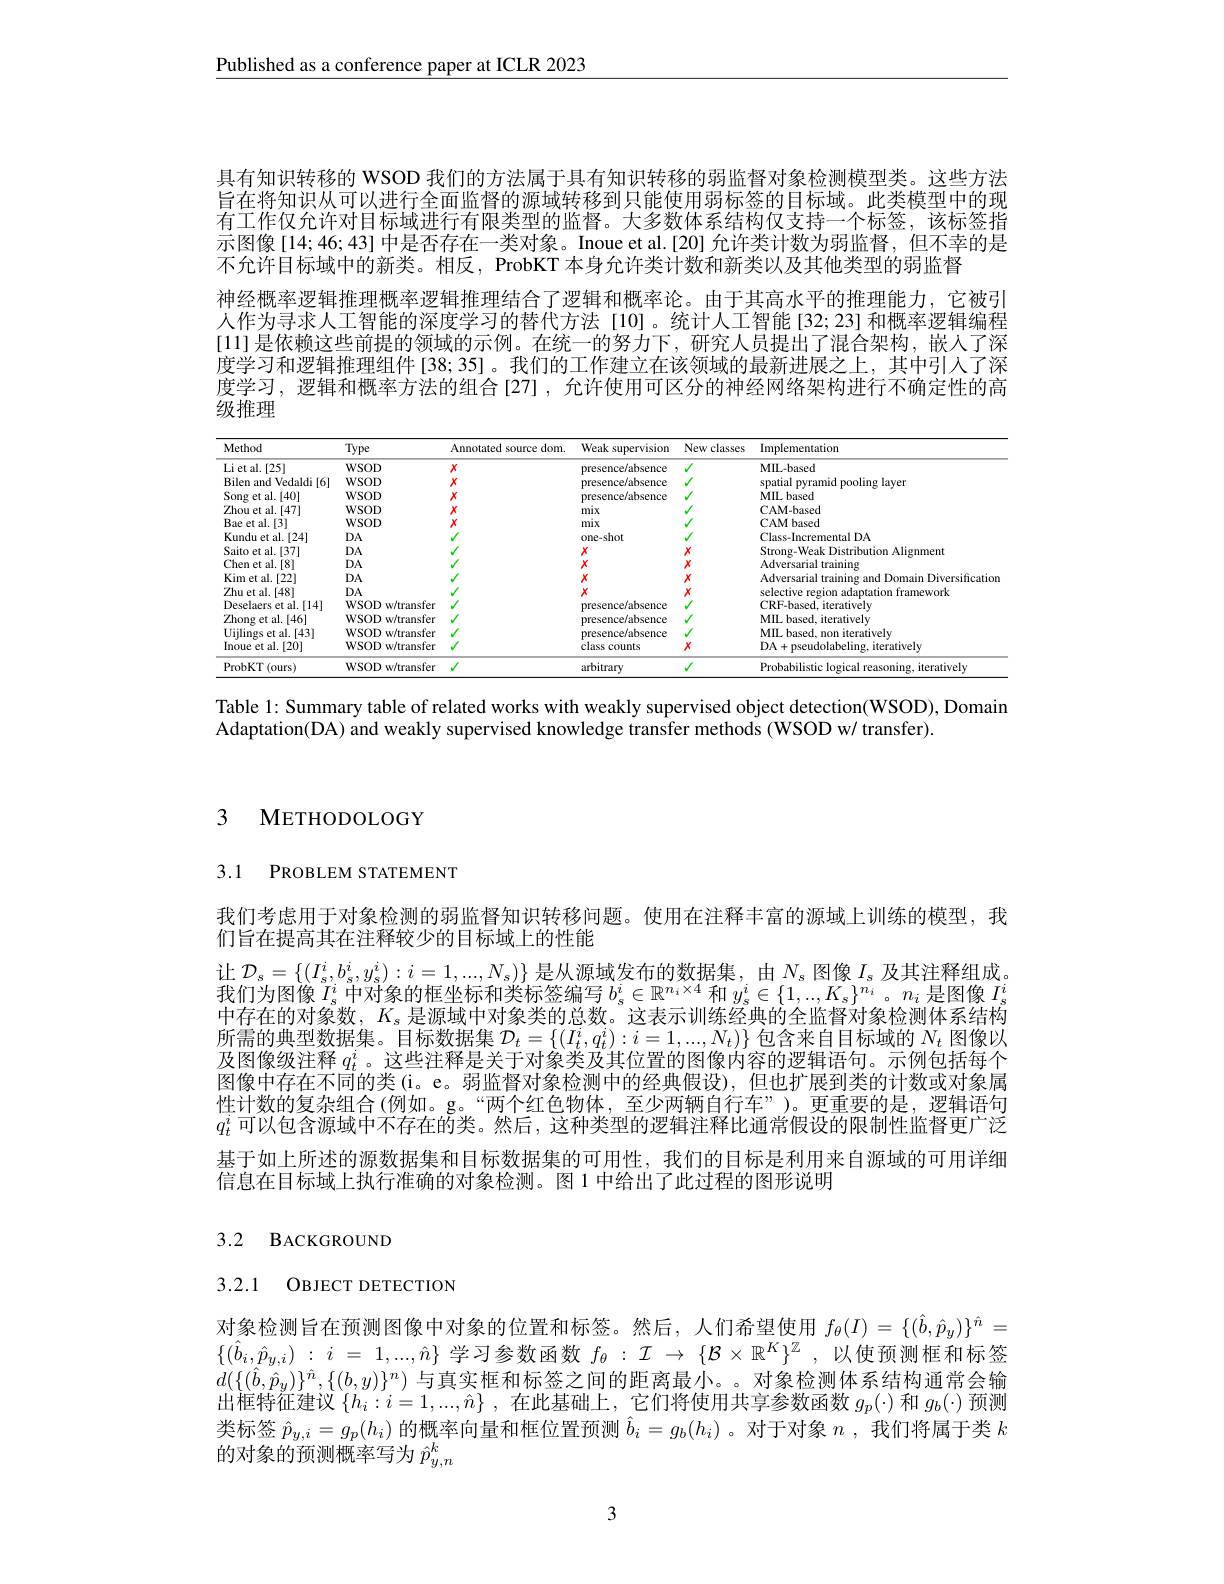
$\underline{\text{Published as a conference paper at ICLR 2023}}$

具有知识转移的 WSOD 我们的方法属于具有知识转移的弱监督对象检测模型类。这些方法旨在将知识从可以进行全面监督的源域转移到只能使用弱标签的目标域。此类模型中的现有工作仅允许对目标域进行有限类型的监督。大多数体系结构仅支持一个标签，该标签指示图像[14;46;43]中是否存在一类对象。Inoue et al.[20]允许类计数为弱监督，但不幸的是不允许目标域中的新类。相反，ProbKT 本身允许类计数和新类以及其他类型的弱监督
神经概率逻辑推理概率逻辑推理结合了逻辑和概率论。由于其高水平的推理能力，它被引人作为寻求人工智能的深度学习的替代方法[10]。统计人工智能[32;23]和概率逻辑编程[11]是依赖这些前提的领域的示例。在统一的努力下，研究人员提出了混合架构，嵌人了深度学习和逻辑推理组件[38;35]。我们的工作建立在该领域的最新进展之上，其中引人了深度学习，逻辑和概率方法的组合[27],允许使用可区分的神经网络架构进行不确定性的高级推理

<table>
	<tbody>
		<tr>
			<th>Method</th>
			<th>Type</th>
			<th>Annotated source dom</th>
			<th>Weak supervision</th>
			<th>New classes</th>
			<th>Implementation</th>
		</tr>
		<tr>
			<td>Li et al. [ 25] </td>
			<td>WSOD</td>
			<td>$X$</td>
			<td>presence/absence</td>
			<td> </td>
			<td>MIL- based</td>
		</tr>
		<tr>
			<td>Bilen and Vedaldi[6]</td>
			<td>$WSOD$</td>
			<td>$X$</td>
			<td>presence/absence</td>
			<td> </td>
			<td>pooling snatial amid laver</td>
		</tr>
		<tr>
			<td>Song et al.[40]</td>
			<td>WSOD</td>
			<td>$X$</td>
			<td>presence/absence</td>
			<td> </td>
			<td>MIL based</td>
		</tr>
		<tr>
			<td>Zhou et al.[47]</td>
			<td>WSOD</td>
			<td>$X$</td>
			<td>mix $-\frac{1}{2}$</td>
			<td> </td>
			<td>CAM- based</td>
		</tr>
		<tr>
			<td>Bae et al. [3]</td>
			<td>WSOD</td>
			<td>$X$</td>
			<td>mix</td>
			<td> </td>
			<td>CAM based</td>
		</tr>
		<tr>
			<td>Kundu et al.[24]</td>
			<td>$DA$</td>
			<td> </td>
			<td>one-shot</td>
			<td> </td>
			<td>Class nental DA</td>
		</tr>
		<tr>
			<td>Saito et al.[37]</td>
			<td>$DA$</td>
			<td> </td>
			<td>Y T</td>
			<td>X</td>
			<td>tion mt</td>
		</tr>
		<tr>
			<td>Chen et al.[8]</td>
			<td>$DA$</td>
			<td> </td>
			<td>$X$</td>
			<td>$X$</td>
			<td>Adversaria aining</td>
		</tr>
		<tr>
			<td>Kim et al.[22]</td>
			<td>$DA$</td>
			<td> </td>
			<td>$X$</td>
			<td>$X$</td>
			<td> </td>
		</tr>
		<tr>
			<td>Zhu et al.[48]</td>
			<td>$DA$</td>
			<td> </td>
			<td>$X$ T</td>
			<td>X</td>
			<td>OrL</td>
		</tr>
		<tr>
			<td>Deselaers et al. [14]</td>
			<td>WSOD w/transfer</td>
			<td> </td>
			<td>presence/absence</td>
			<td> </td>
			<td>ativelv CRF</td>
		</tr>
		<tr>
			<td>Zhong et al. [ 46] </td>
			<td>WSOD w/transfer</td>
			<td> </td>
			<td>presence/absence</td>
			<td> </td>
			<td>ativelv MIT</td>
		</tr>
		<tr>
			<td>Uijlings et al.[43]</td>
			<td>WSOD w/transfer</td>
			<td> </td>
			<td>presence/absence</td>
			<td> </td>
			<td>MIL iterativelw hacpr non</td>
		</tr>
		<tr>
			<td>$\bar{\text{Inoue et al.[20]}}$</td>
			<td>WSOD w/transfer</td>
			<td> </td>
			<td>class counts</td>
			<td>$X$</td>
			<td>DA+ pseudolabeling, iteratively</td>
		</tr>
		<tr>
			<td>ProbKT(ours)</td>
			<td>WSOD w/transfer</td>
			<td> </td>
			<td>arbitrary</td>
			<td> </td>
			<td>Probabilistic logical reasoning, iteratively</td>
		</tr>
	</tbody>
</table>

Table 1: Summary table of related works with weakly supervised object detection(WSOD), Domain
Adaptation(DA) and weakly supervised knowledge transfer methods (WSOD w/ transfer).

## 3 METHODOLOGY

3.1 PROBLEM STATEMENT

我们考虑用于对象检测的弱监督知识转移问题。使用在注释丰富的源域上训练的模型，我
们旨在提高其在注释较少的目标域上的性能
让$\mathcal{D}_s=\{(I_s^i,b_s^i,y_s^i):i=1,...,N_s)\}$是从源域发布的数据集，由$N_s$图像$I_s$及其注释组成。我们为图像$I_s^i$中对象的框坐标和类标签编写$b_s^i\in\mathbb{R}^{n_i\times4}$和$y_s^i\in\{1,...,K_s\}^{n_i}$ 。$n_i$是图像$I_s^i$ 中存在的对象数，$K_\mathrm{s}$是源域中对象类的总数。这表示训练经典的全监督对象检测体系结构所需的典型数据集。目标数据集$\mathcal{D}_t=\left\{(I_t^i,q_t^i):i=1,...,N_t)\right\}$包含来自目标域的$N_t$图像以及图像级注释$q_t^i$ 。这些注释是关于对象类及其位置的图像内容的逻辑语句。示例包括每个图像中存在不同的类(i。e。弱监督对象检测中的经典假设),但也扩展到类的计数或对象属性计数的复杂组合(例如。g。“两个红色物体，至少两辆自行车”)。更重要的是，逻辑语句$q_t^i$可以包含源域中不存在的类。然后，这种类型的逻辑注释比通常假设的限制性监督更广泛基于如上所述的源数据集和目标数据集的可用性，我们的目标是利用来自源域的可用详细信息在目标域上执行准确的对象检测。图 1 中给出了此过程的图形说明

## 3.2 BACKGROUND

3.2.1 OBJECT DETECTION

对象检测旨在预测图像中对象的位置和标签。然后，人们希望使用$f_\theta(I)=\{(\hat{b},\hat{p}_y)\}^{\hat{n}}=$ $\{ ( \hat{b} _i, \hat{p} _{y, i})$ : $i$ = $1, . . . , \hat{n} \}$学习参数函数$f_\theta : \mathcal{I}$ $\to$ $\{ \mathcal{B} \times \mathbb{R} ^K\} ^\mathbb{Z}$ ,以使预测框和标签$d(\{(\hat{b},\hat{p}_y)\}^{\hat{n}},\{(b,y)\}^n)$与真实框和标签之间的距离最小。。对象检测体系结构通常会输出框特征建议$\{ h_i: i= 1, . . . , \hat{n} \}$ ,在此基础上，它们将使用共享参数函数$g_p(\cdot)$和$g_b(\cdot)$预测类标签$\hat{p}_y,i=g_p(h_i)$的概率向量和框位置预测$\hat{b}_i=g_b(h_i)$ 。对于对象$n$ , 我 们 将 属 于 类 $k$ 的对象的预测概率写为$\hat{p}_{y,n}^k$

3